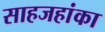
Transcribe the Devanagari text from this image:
साहजहांका